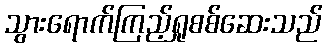
သွားရောက်ကြည့်ရှုစစ်ဆေးသည်